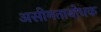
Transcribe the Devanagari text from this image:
असीमताबोधक